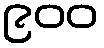
၉၀၀